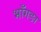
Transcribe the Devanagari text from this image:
भाँगङा